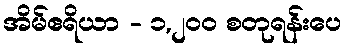
အိမ်ဧရိယာ - ၁,၂၀၀ စတုရန်းပေ